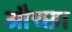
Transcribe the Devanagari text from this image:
औच्छा